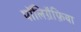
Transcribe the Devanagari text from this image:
पॉलिग्रैफ़िया